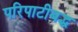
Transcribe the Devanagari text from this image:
परिपाटीबद्ध